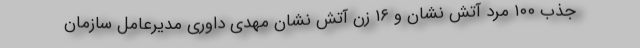
جذب ۱۰۰ مرد آتش نشان و ۱۶ زن آتش نشان مهدی داوری مدیرعامل سازمان